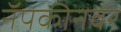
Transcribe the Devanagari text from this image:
नॅपकीनवर